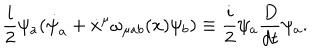
LaTeX: \frac { i } { 2 } \psi _ { a } ( { \dot { \psi } } _ { a } + \dot { x } ^ { \mu } \omega _ { \mu a b } ( x ) \psi _ { b } ) \equiv \frac { i } { 2 } \psi _ { a } \frac { D } { d t } \psi _ { a } .